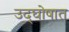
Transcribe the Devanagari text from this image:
उद्‌घोषात